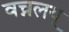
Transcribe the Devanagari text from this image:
वच्नलय्